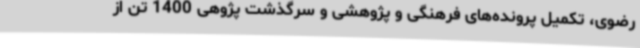
رضوی، تکمیل پرونده‌های فرهنگی و پژوهشی و سرگذشت ‌پژوهی 1400 تن از